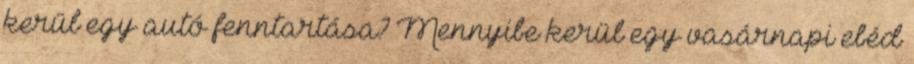
kerül egy autó fenntartása? Mennyibe kerül egy vasárnapi ebéd